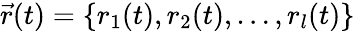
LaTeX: \vec{r}(t)=\left\{ r_{1}(t),r_{2}(t),\ldots,r_{l}(t)\right\}